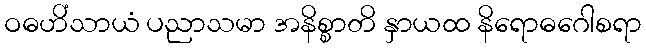
ဝဓဟိံသာယံ ပညာသမာ အနိစ္စာတိ နှာယထ နိရောဓဂေါစရာ